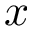
x